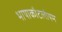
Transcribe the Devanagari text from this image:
भाषाकौटलीयम्